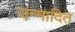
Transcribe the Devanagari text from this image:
उन्मादित